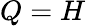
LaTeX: Q=H